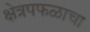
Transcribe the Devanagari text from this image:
क्षेत्रपफळाचा